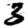
Digit: 3